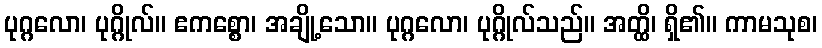
ပုဂ္ဂလော၊ ပုဂ္ဂိုလ်။ ဧကစ္စော၊ အချို့သော။ ပုဂ္ဂလော၊ ပုဂ္ဂိုလ်သည်။ အတ္ထိ၊ ရှိ၏။ ကာမသုစ၊